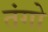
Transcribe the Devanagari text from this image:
तंगो